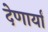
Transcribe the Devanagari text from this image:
देणार्यां